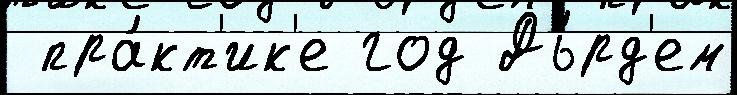
 пра́кт'ик'е год Дь́рд'ем